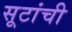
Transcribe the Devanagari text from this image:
सूटांची